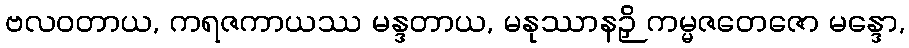
ဗလဝတာယ, ကရဇကာယဿ မန္ဒတာယ, မနုဿာနဉှိ ကမ္မဇတေဇော မန္ဒော,